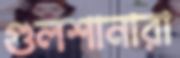
গুলশানারা